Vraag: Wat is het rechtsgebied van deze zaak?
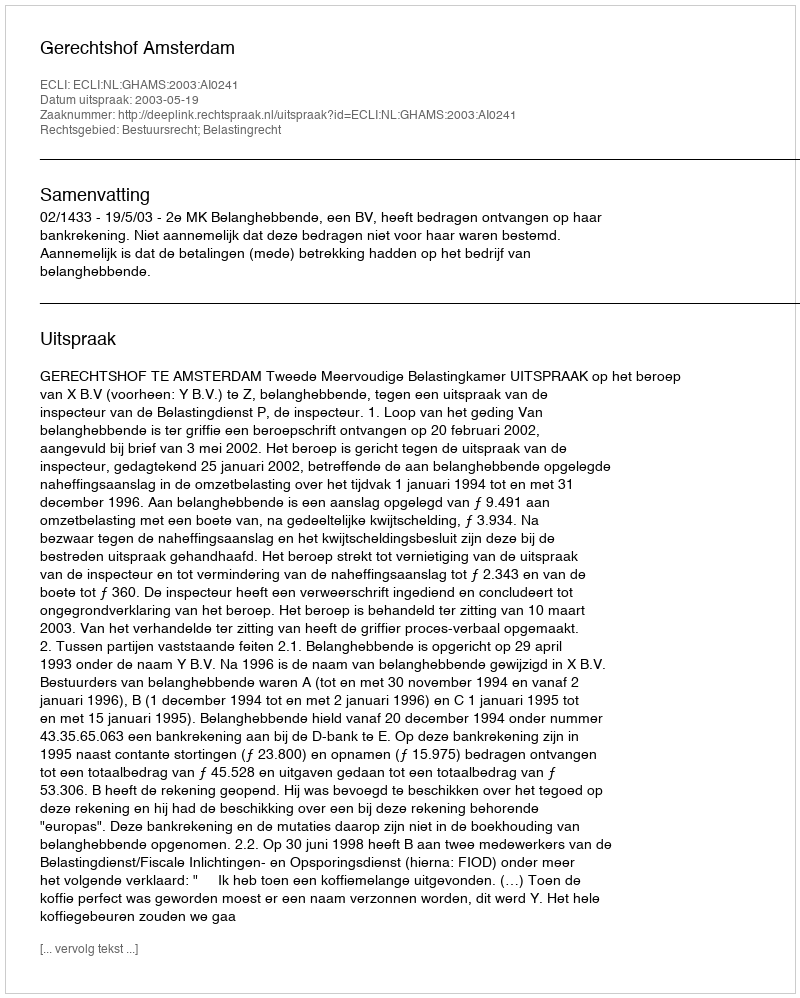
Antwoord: Bestuursrecht; Belastingrecht